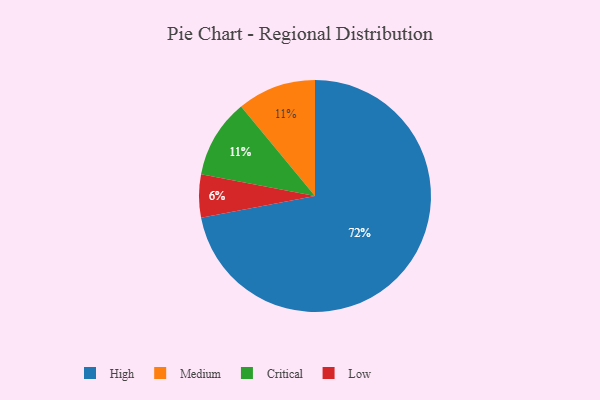
{"axis": {"x": "Category", "y": "Percentage"}, "legend": ["Critical", "High", "Low", "Medium"], "data": [{"x": "Low", "y": 6, "type": "Low"}, {"x": "Medium", "y": 11, "type": "Medium"}, {"x": "Critical", "y": 11, "type": "Critical"}, {"x": "High", "y": 72, "type": "High"}]}